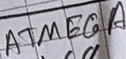
Text: ATMEGA